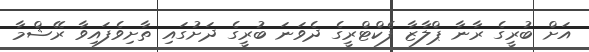
އަށް ބުރީގެ ރާނާ ޕްލާޒާ ފެކްޓްރީގެ ދެވަނަ ބުރީގެ ދަށުގައި ތާށިވެފައިވާ ރޭޝްމާ